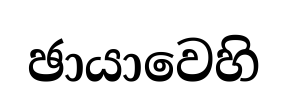
ඡායාවෙහි